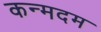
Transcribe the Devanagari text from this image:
कन्मदम